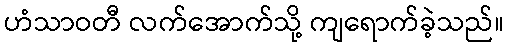
ဟံသာဝတီ လက်အောက်သို့ ကျရောက်ခဲ့သည်။